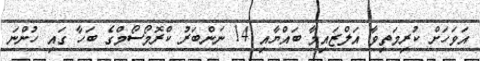
އަވަހަށް ކުރިމަތިވާ އަލްޒައިމާ ބައްޔާއި 14 ނަންބަރު ކްރޮމޯސޯމްގެ ބަހާ ގައި ހުންނަ